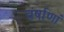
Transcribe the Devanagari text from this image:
वर्षाणां